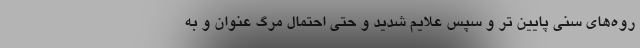
روه‌های سنی پایین تر و سپس علایم شدید و حتی احتمال مرگ عنوان و به